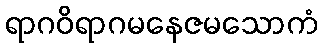
ရာဂဝိရာဂမနေဇမသောကံ